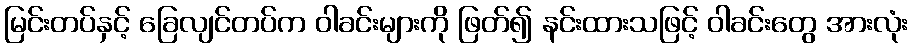
မြင်းတပ်နှင့် ခြေလျင်တပ်က ဝါခင်းများကို ဖြတ်၍ နင်းထားသဖြင့် ဝါခင်းတွေ အားလုံး